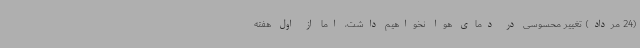
(24 مرداد) تغییر محسوسی در دمای هوا نخواهیم داشت، اما از اول هفته